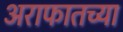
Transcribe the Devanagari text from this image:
अराफातच्या